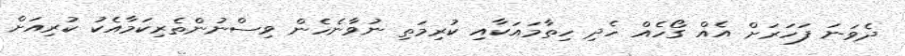
ދެވަނަ ފަހަރަށް އެއް ގޯހެއް ހެދި ހިތާމައަކާއި ކުރިމަތި ނުވާނެހެން ވިސްނުންތެރިކަމާއެކު ކުރިއަށް